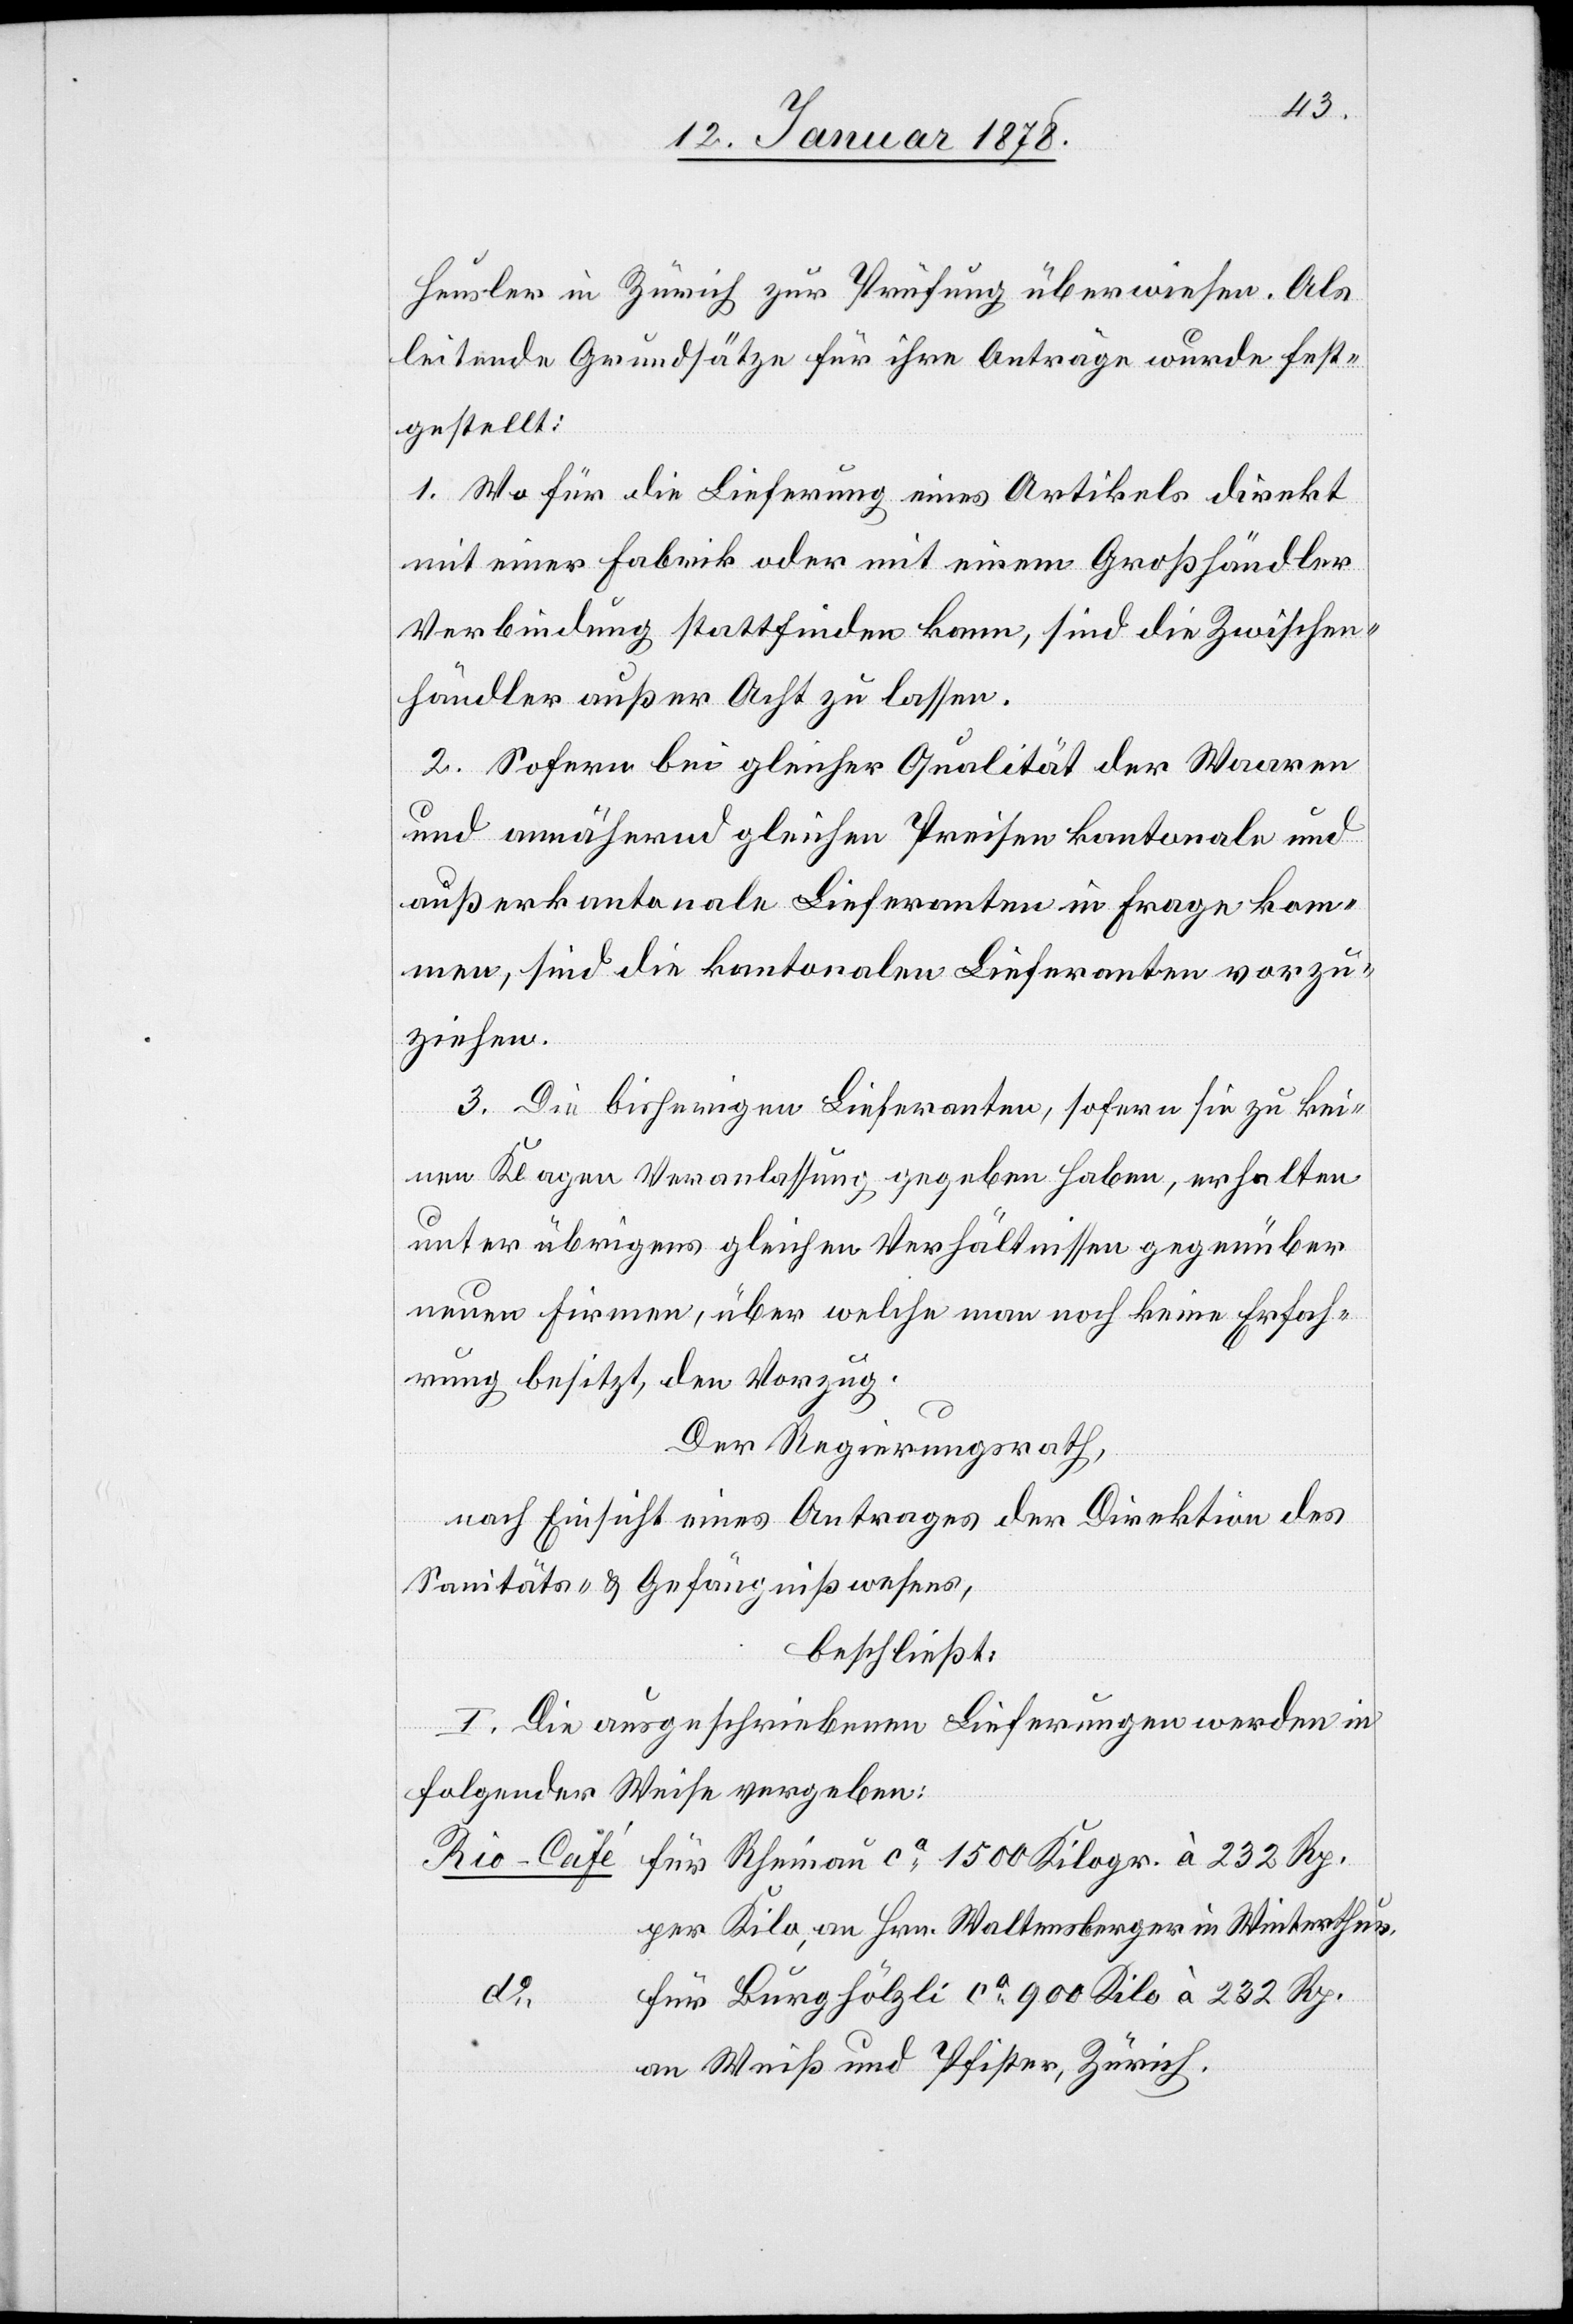
Heusler in Zürich zur Prüfung überwiesen. Als
leitende Grundsätze für ihre Anträge wurde fest¬
gestellt:
1. Wo für die Lieferung eines Artikels direkt
mit einer Fabrik oder mit einem Großhändler
Verbindung stattfinden kann, sind die Zwischen¬
händler außer Acht zu lassen.
2. Sofern bei gleicher Qualität der Waaren
und annähernd gleichen Preisen kantonale und
außerkantonale Lieferanten in Frage kom¬
men, sind die kantonalen Lieferanten vorzu¬
ziehen.
3. Die bisherigen Lieferanten, sofern sie zu kei¬
nen Klagen Veranlassung gegeben haben, erhalten
unter übrigens gleichen Verhältnissen gegenüber
neuen Firmen, über welche man noch keine Erfah¬
rung besitzt, den Vorzug.
Der Regierungsrath,
nach Einsicht eines Antrages der Direktion des
Sanitäts- & Gefängißwesens,
beschließt:
I. Die ausgeschriebenen Lieferungen werden in
folgender Weise vergeben:
per Kilo, an Hrn. Waltensberger in Winterthur.
für Burghölzli ca 900 Kilo à 232 Rp.
Rp.
an Weiß und Pfister, Zürich.